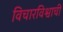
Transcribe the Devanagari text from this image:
विचारविश्वाची